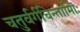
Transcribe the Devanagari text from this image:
चतुर्वर्गचिन्तामािः